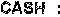
CASH :